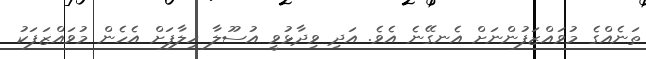
ތަނެއްގެ މުވައްޒަފުންނަށް އެނގޭނެ އެވެ. އަދި ވިދާޅުވީ އުސޫލާ ހިލާފަށް އެހެން މުވައްޒަފަކު